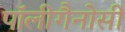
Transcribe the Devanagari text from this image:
पॉलीगैनोसी